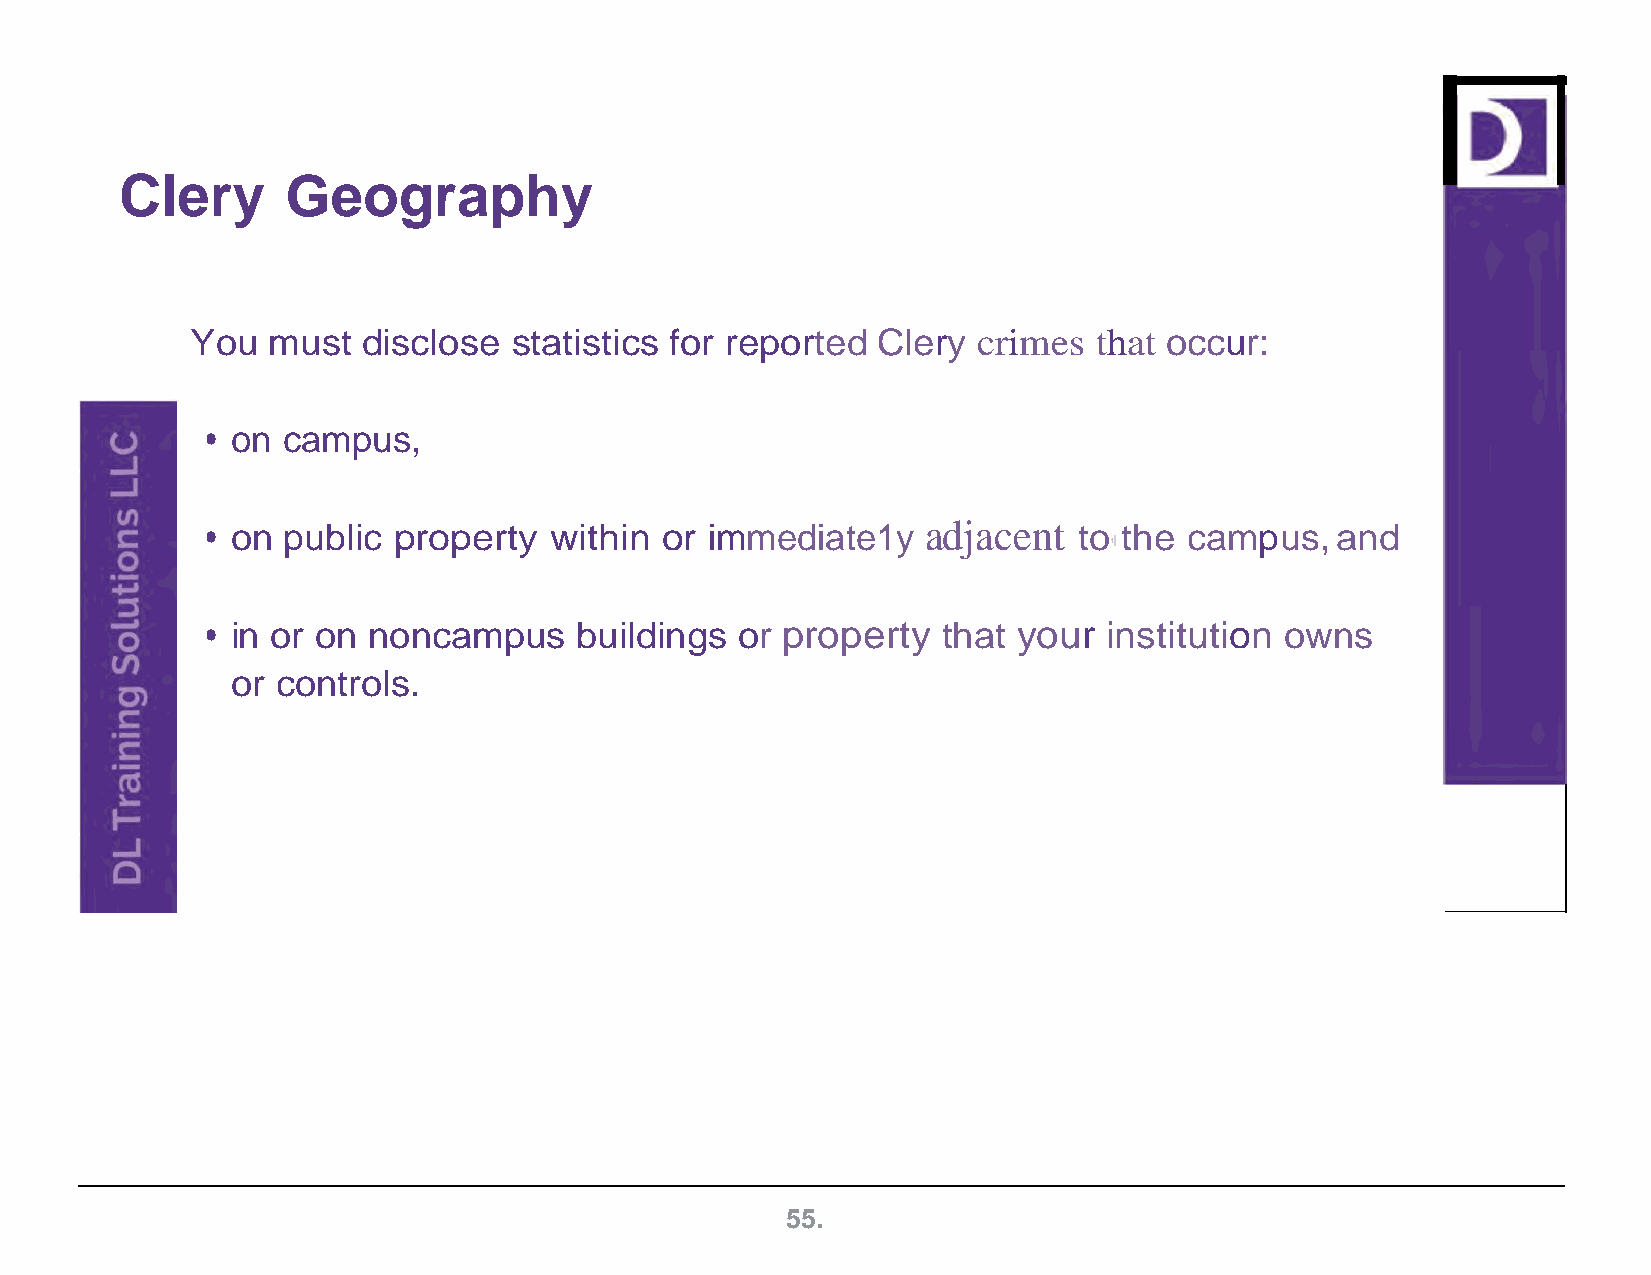
Clery      Geography
 You  must  disclose  statistics for reported Clery  crimes that occur:
 • on campus,
 • on public property  within  or immediate1y   adjacent  to the  campus,  and
 1
 • in or on noncampus    buildings  or property  that your  institution owns
 or controls.
 55.